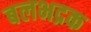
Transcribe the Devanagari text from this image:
बलभद्रक